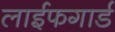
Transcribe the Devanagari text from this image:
लाईफगार्ड